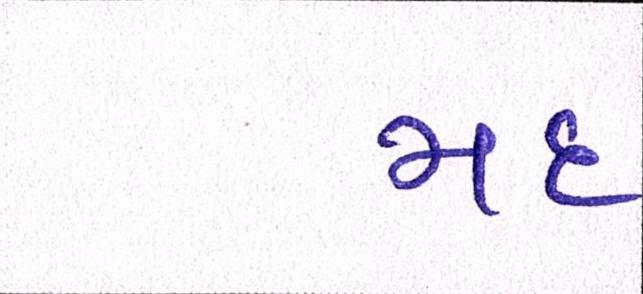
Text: મદ